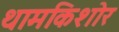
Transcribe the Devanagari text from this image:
थामकिशोर